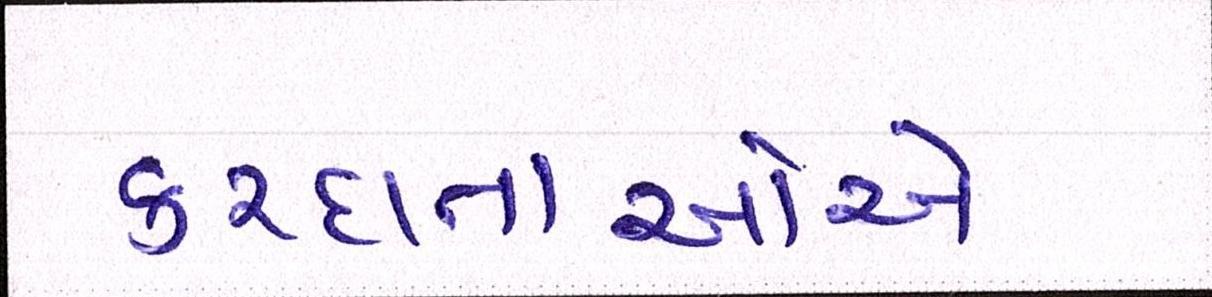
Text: કરદાતાઓએ